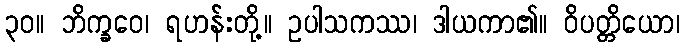
၃၀။ ဘိက္ခဝေ၊ ရဟန်းတို့။ ဥပါသကဿ၊ ဒါယကာ၏။ ဝိပတ္တိယော၊